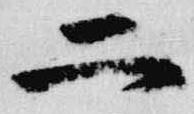
二